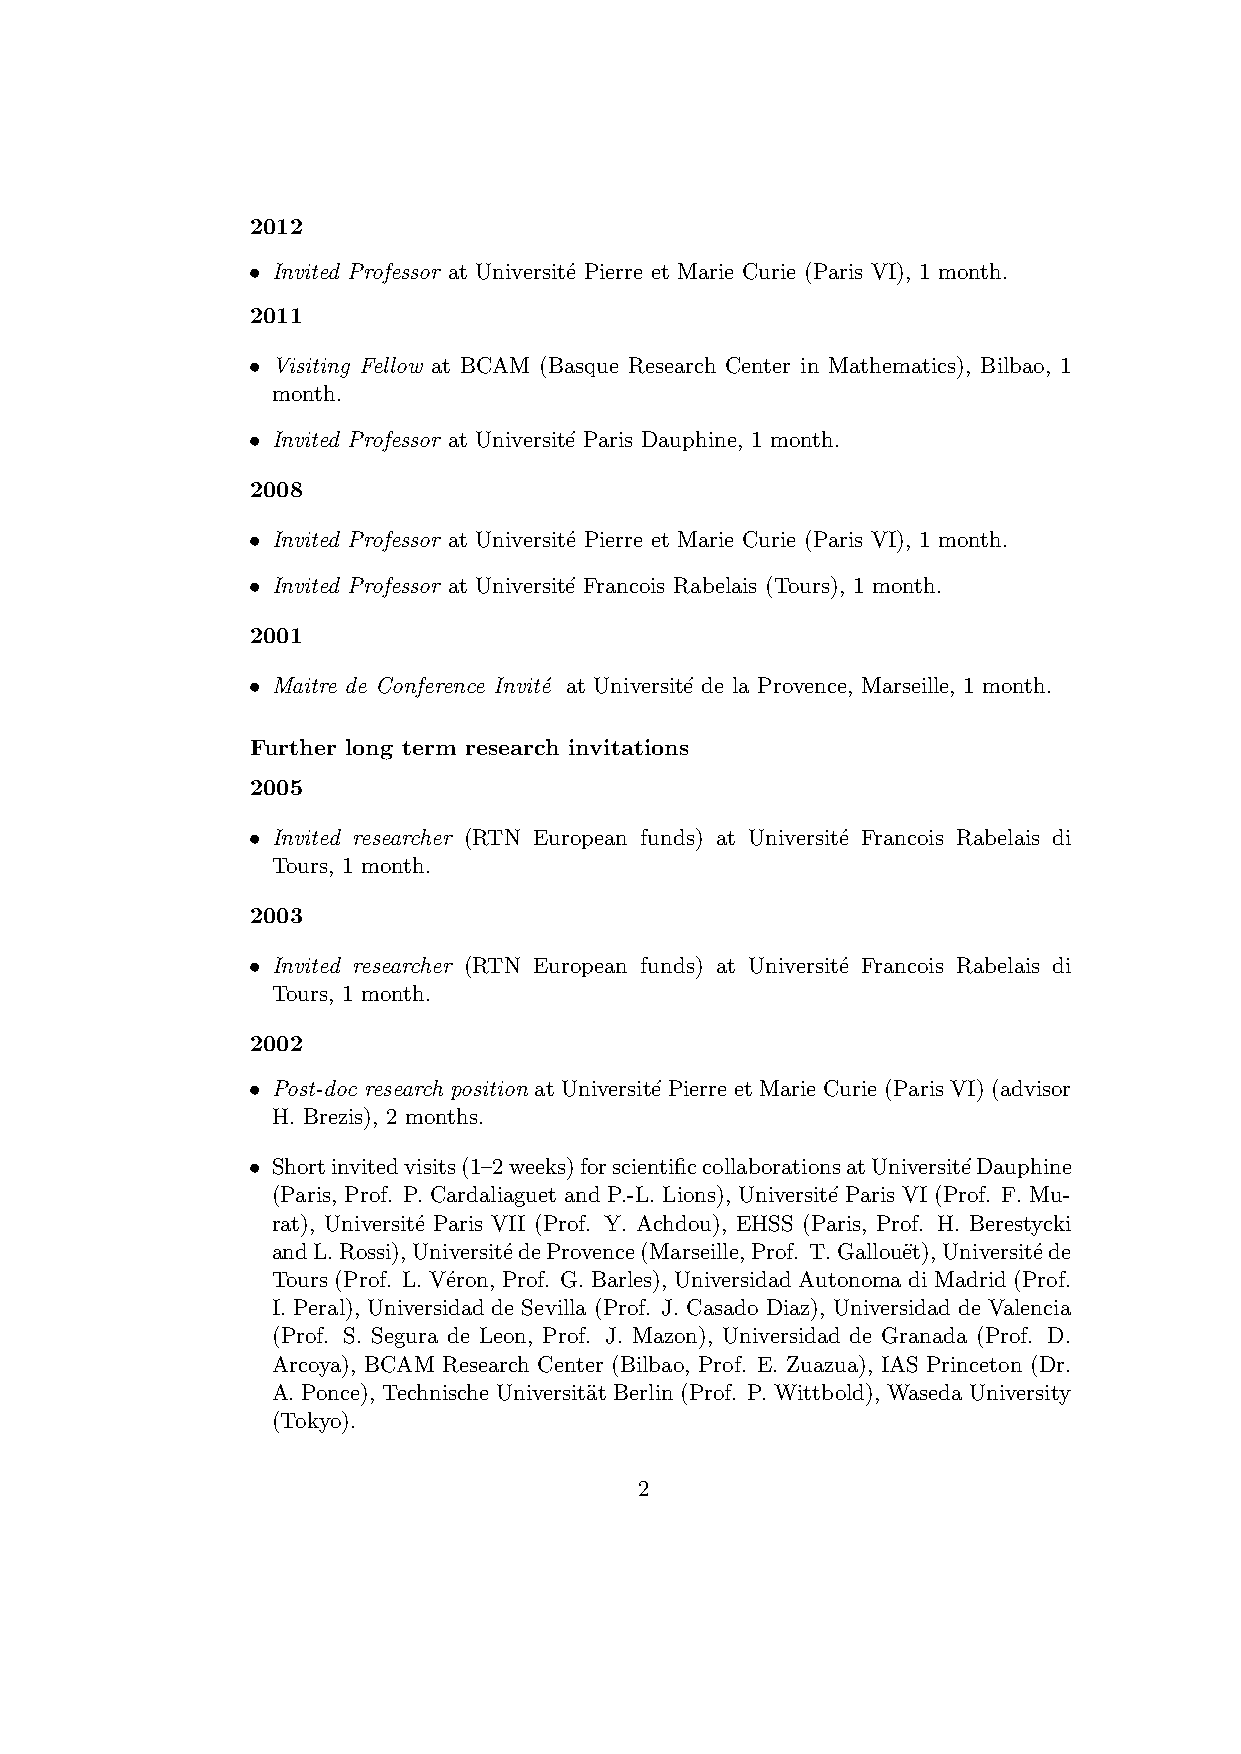
2012
 • Invited Professor at Universit´e Pierre et Marie Curie (Paris VI), 1 month.
 2011
 • Visiting Fellow at BCAM (Basque Research Center in Mathematics), Bilbao, 1
 month.
 • Invited Professor at Universit´e Paris Dauphine, 1 month.
 2008
 • Invited Professor at Universit´e Pierre et Marie Curie (Paris VI), 1 month.
 • Invited Professor at Universit´e Francois Rabelais (Tours), 1 month.
 2001
 • Maitre de Conference Invit´e at Universit´e de la Provence, Marseille, 1 month.
 Further long term research invitations
 2005
 • Invited researcher (RTN European funds) at Universit´e Francois Rabelais di
 Tours, 1 month.
 2003
 • Invited researcher (RTN European funds) at Universit´e Francois Rabelais di
 Tours, 1 month.
 2002
 • Post-doc research position at Universit´e Pierre et Marie Curie (Paris VI) (advisor
 H. Brezis), 2 months.
 • Shortinvitedvisits(1–2weeks)forscientificcollaborationsatUniversit´eDauphine
 (Paris, Prof. P. Cardaliaguet and P.-L. Lions), Universit´e Paris VI (Prof. F. Mu-
 rat), Universit´e Paris VII (Prof. Y. Achdou), EHSS (Paris, Prof. H. Berestycki
 andL.Rossi),Universit´edeProvence(Marseille,Prof. T.Gallou¨et),Universit´ede
 Tours (Prof. L. V´eron, Prof. G. Barles), Universidad Autonoma di Madrid (Prof.
 I. Peral), Universidad de Sevilla (Prof. J. Casado Diaz), Universidad de Valencia
 (Prof. S. Segura de Leon, Prof. J. Mazon), Universidad de Granada (Prof. D.
 Arcoya), BCAM Research Center (Bilbao, Prof. E. Zuazua), IAS Princeton (Dr.
 A. Ponce), Technische Universit¨at Berlin (Prof. P. Wittbold), Waseda University
 (Tokyo).
 2